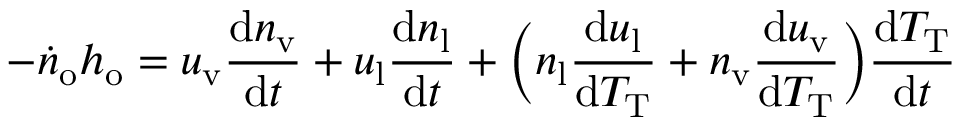
- \dot { n } _ { \mathrm { o } } h _ { \mathrm { o } } = u _ { \mathrm { v } } \frac { \mathrm { d } n _ { \mathrm { v } } } { \mathrm { d } t } + u _ { \mathrm { l } } \frac { \mathrm { d } n _ { \mathrm { l } } } { \mathrm { d } t } + \bigg ( n _ { \mathrm { l } } \frac { \mathrm { d } u _ { \mathrm { l } } } { \mathrm { d } T _ { \mathrm { T } } } + n _ { \mathrm { v } } \frac { \mathrm { d } u _ { \mathrm { v } } } { \mathrm { d } T _ { \mathrm { T } } } \bigg ) \frac { \mathrm { d } T _ { \mathrm { T } } } { \mathrm { d } t }